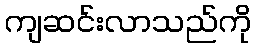
ကျဆင်းလာသည်ကို